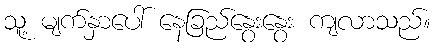
သူ့ မျက်နှာပေါ် နေခြည်နွေးနွေး ကျလာသည်။